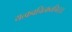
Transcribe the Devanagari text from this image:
यत्कवचित्कतचित्।।